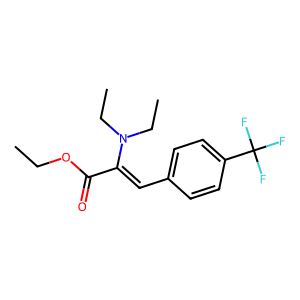
SMILES: CCOC(=O)C(=Cc1ccc(C(F)(F)F)cc1)N(CC)CC
Inhibits HIV replication: No